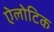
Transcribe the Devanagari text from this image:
ऐलोटिक